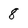
Character: 8